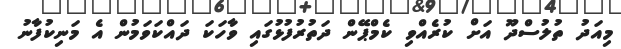
މިއަދު ތުލުސްދޫ އަށް ކުރެއްވި ކެމްޕޭން ދަތުރުފުޅުގައި ވާހަކަ ދައްކަވަމުން އެ މަނިކުފާނު